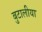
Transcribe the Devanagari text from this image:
बुटालीया